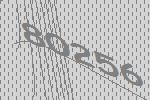
80256